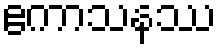
ဧကာသနဿ